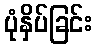
ပုံနှိပ်ခြင်း